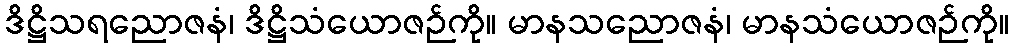
ဒိဋ္ဌိသရညောဇနံ၊ ဒိဋ္ဌိသံယောဇဉ်ကို။ မာနသညောဇနံ၊ မာနသံယောဇဉ်ကို။